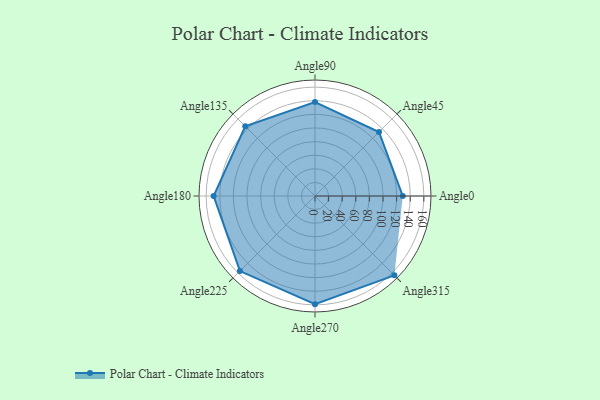
{"axis": {"x": "Angle", "y": "Radius"}, "legend": [""], "data": [{"x": "Angle0", "y": 129.0, "type": ""}, {"x": "Angle45", "y": 133.0, "type": ""}, {"x": "Angle90", "y": 138.0, "type": ""}, {"x": "Angle135", "y": 145.0, "type": ""}, {"x": "Angle180", "y": 149.0, "type": ""}, {"x": "Angle225", "y": 156.0, "type": ""}, {"x": "Angle270", "y": 159.0, "type": ""}, {"x": "Angle315", "y": 165.0, "type": ""}]}